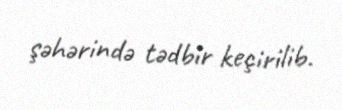
şəhərində tədbir keçirilib.